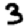
Digit: 3